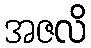
အဇလိ